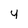
Character: y